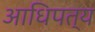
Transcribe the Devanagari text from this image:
अाधिपत्य